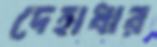
দেহাধার